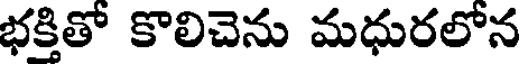
భక్తితో కొలిచెను మధురలోన